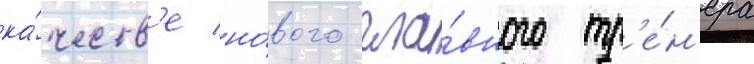
ка́честв'е но́вого гла́вного тр'е́н'ера